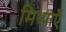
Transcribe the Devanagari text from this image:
मिथ्याएँ